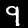
Digit: 9